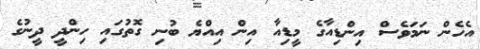
އެހެން ނަމަވެސް އިންޑިއާގެ މީޑިއާ އިން އިއްޔެ ބުނި ގޮތުގައި ހިންދީ ދީނުގެ